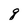
Character: q